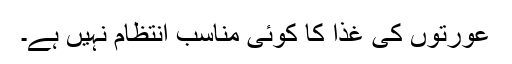
عورتوں کی غذا کا کوئی مناسب انتظام نہیں ہے۔